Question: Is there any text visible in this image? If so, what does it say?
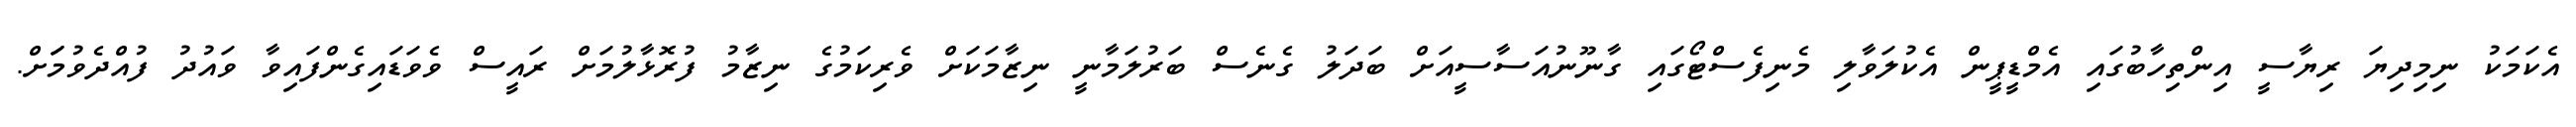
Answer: އެކަމަކު ނިމިދިޔަ ރިޔާސީ އިންތިހާބުގައި އެމްޑީޕީން އެކުލަވާލި މެނިފެސްޓޯގައި ގާނޫނުއަސާސީއަށް ބަދަލު ގެނެސް ބަރުލަމާނީ ނިޒާމަކަށް ވެރިކަމުގެ ނިޒާމު ފުރޮޅާލުމަށް ރައީސް ވެވަޑައިގެންފައިވާ ވައުދު ފުއްދެވުމަަށް.